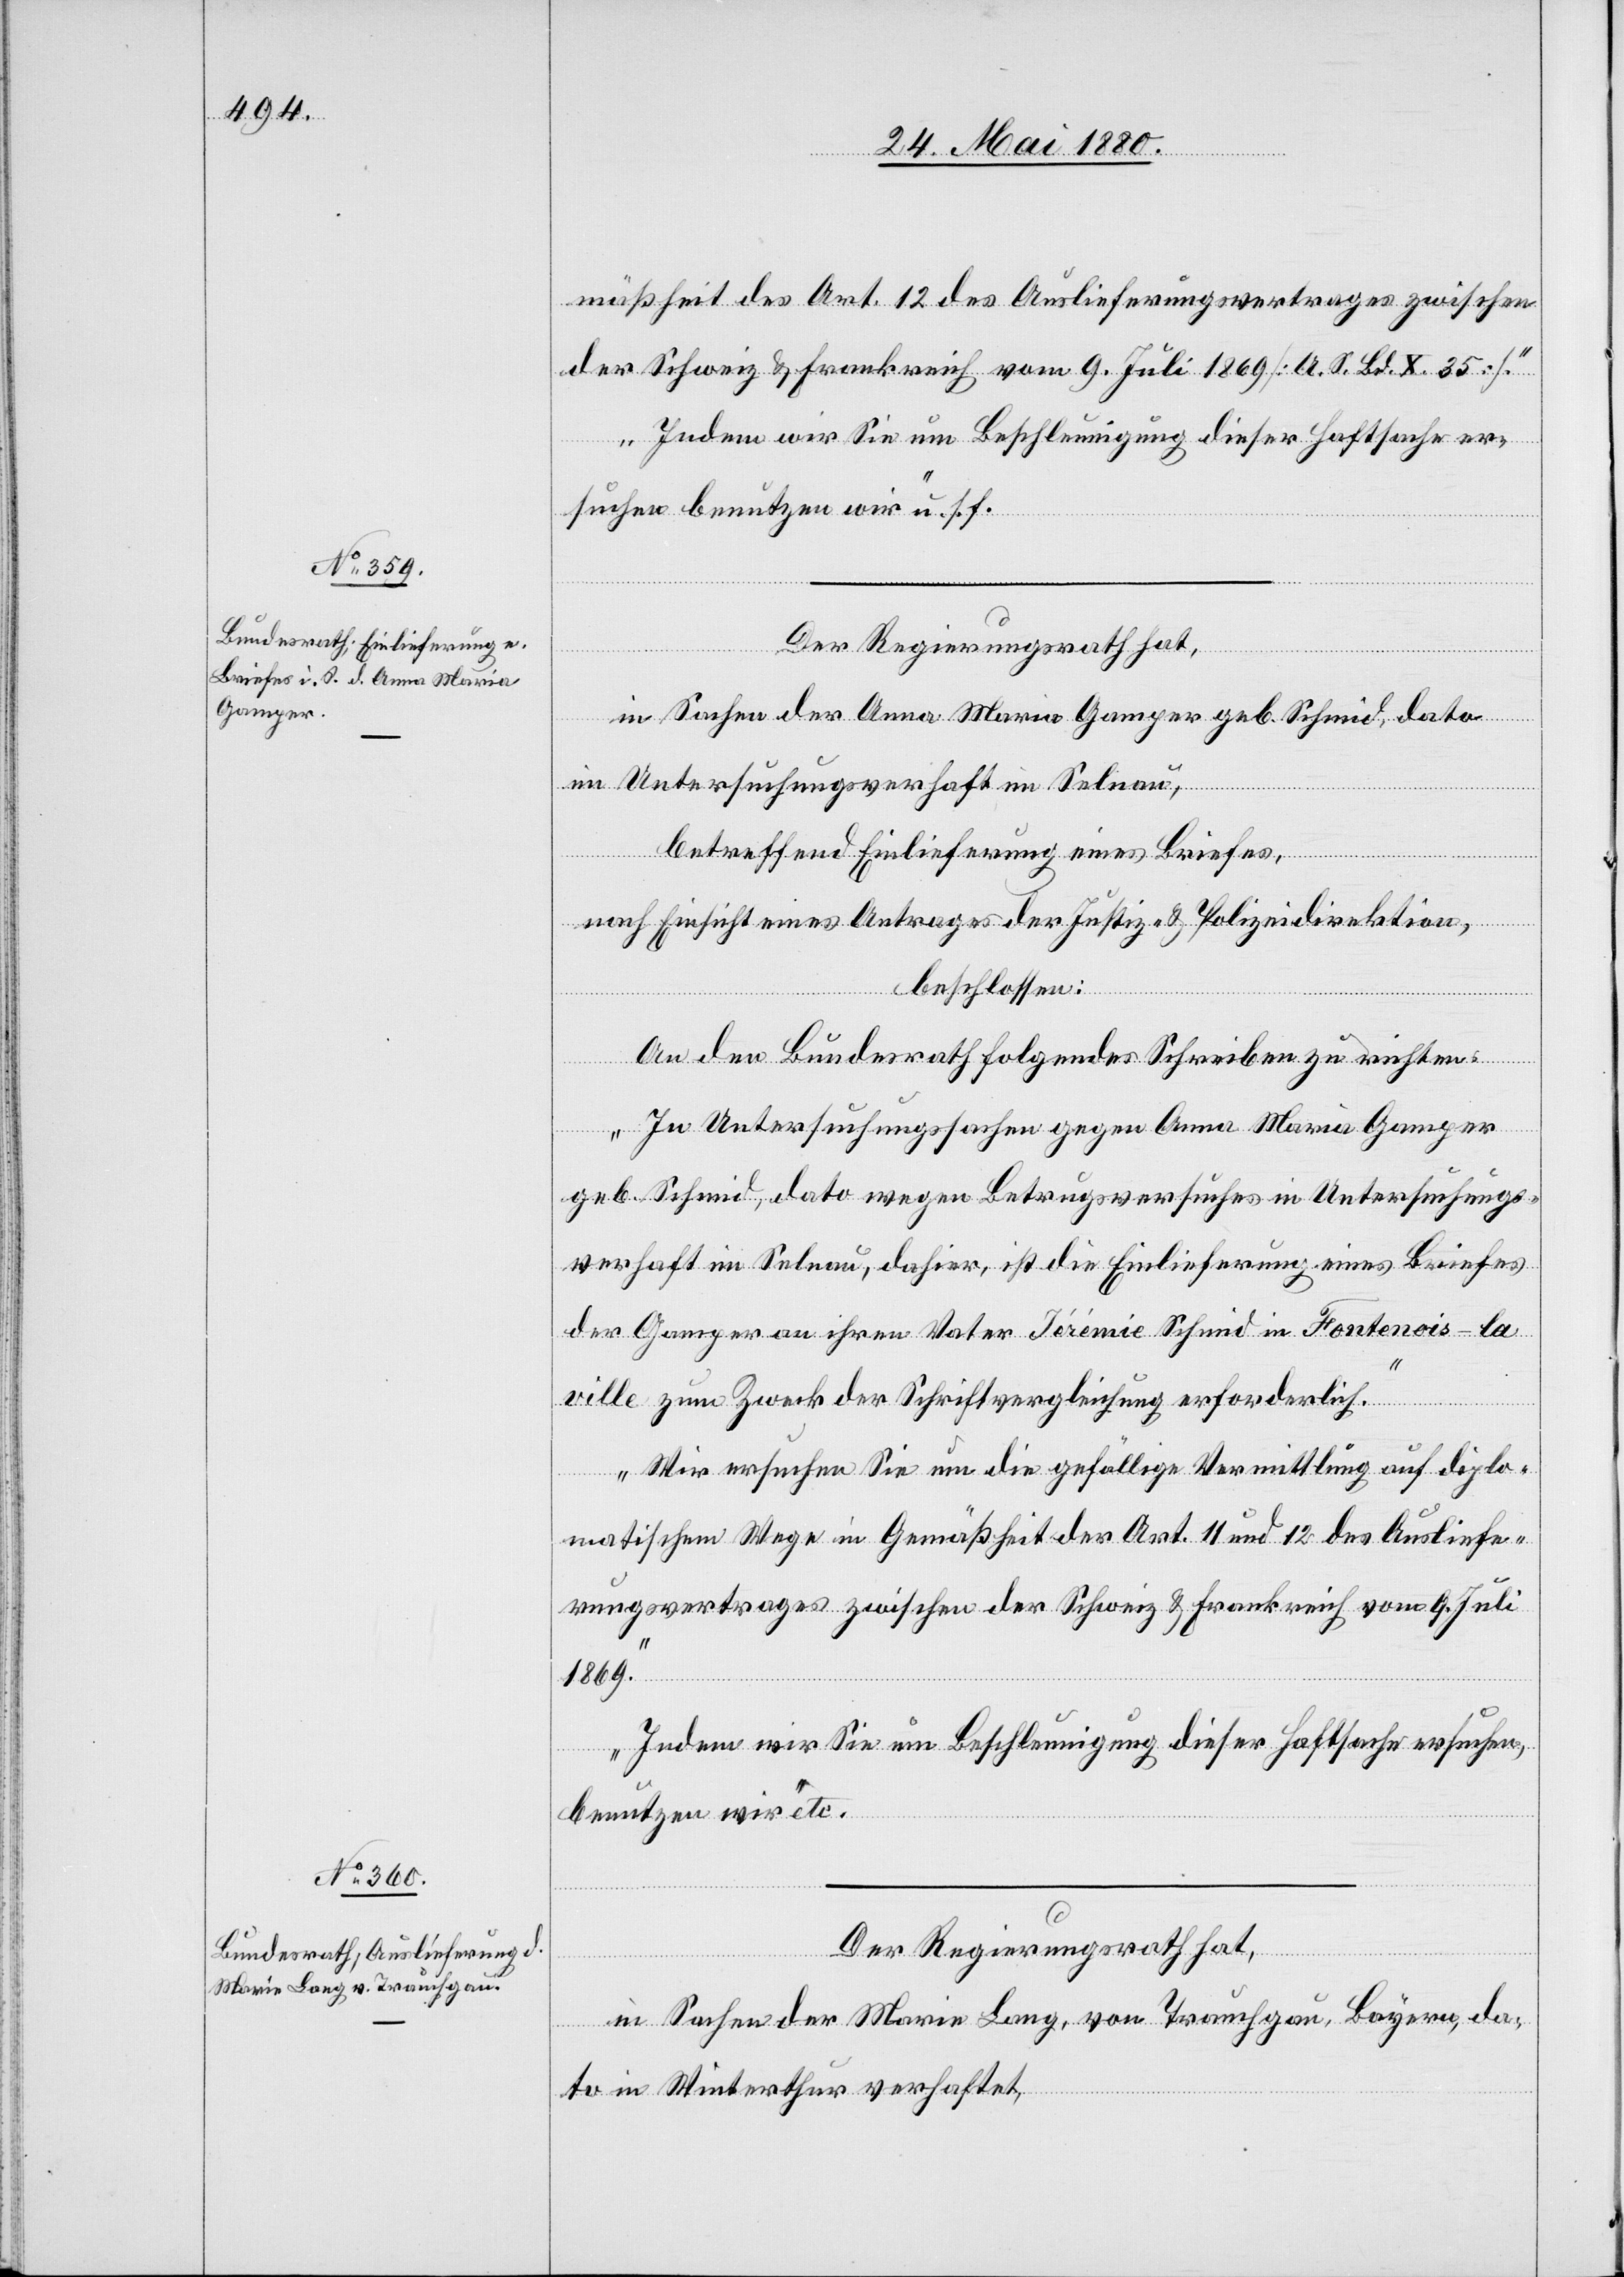
25. Mai 1880.]
mäßheit des Art. 12 des Auslieferungsvertrages zwischen
der Schweiz & Frankreich vom 9. Juli 1869 [O. S. Bd. X. 235].
Indem wir Sie um Beschleunigung dieser Haftsache er¬
suchen benutzen wir“ u. s. f.
dial-V¬
erfüg¬
Der Regierungsrath hat,
in Sachen der Anna Maria Gamper geb. Schmid, dato
in Untersuchungsverhaft im Selnau,
betreffend Einlieferung eines Briefes,
nach Einsicht eines Antrages der Justiz- & Polizeidirektion,
beschlossen:
An den Bundesrath folgendes Schreiben zu richten:
„In Untersuchungssachen gegen Anna Maria Gamper
geb. Schmid, dato wegen Betrugsversuches in Untersuchungs¬
verhaft im Selnau, dahier, ist die Einlieferung eines Briefes
der Gamper an ihren Vater Jérémie Schmid in Fontenois-la-v¬
ille zum Zweck der Schriftvergleichung erforderlich.
Wir ersuchen Sie um die gefällige Vermittlung auf diplo¬
matischem Wege in Gemäßheit der Art. 11 und 12 des Ausliefe¬
rungsvertrages zwischen der Schweiz & Frankreich vom 9. Juli
1869.
Indem wir Sie um Beschleunigung dieser Haftsache ersuchen,
benutzen wir“ etc.
ungen.
Der Regierungsrath hat,
in Sachen der Marie Lang, von Trauchgau, Bayern, da¬
to in Winterthur verhaftet,